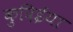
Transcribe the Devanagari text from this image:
कुदिईया